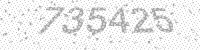
Solution: 735425